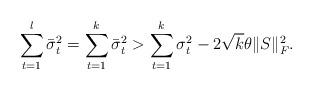
LaTeX: \begin{align*}\sum_{t=1}^{l}\bar{\sigma}^2_{t} = \sum_{t=1}^{k}\bar{\sigma}^2_{t} > \sum_{t=1}^{k}\sigma^2_{t} - 2\sqrt{k} \theta \|S\|^2_F.\end{align*}